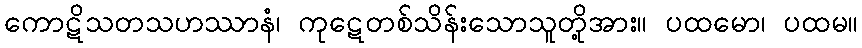
ကောဋိသတသဟဿာနံ၊ ကုဋေတစ်သိန်းသောသူတို့အား။ ပထမော၊ ပထမ။